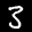
Label: 3